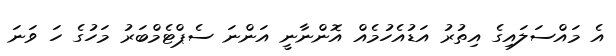
އެ މައްސަލައިގެ އިތުރު އަޑުއެހުމެއް އޮންނާނީ އަންނަ ސެޕްޓެމްބަރު މަހުގެ ހަ ވަނަ